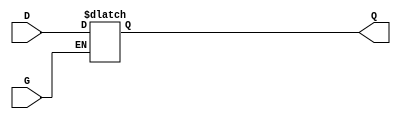
module gated_transparent_latch (
    input wire D,       // Data input
    input wire G,       // Enable signal
    output reg Q        // Output
);

// Always block to model the behavior of the latch
always @ (D or G) begin
    if (G) begin
        Q <= D;        // When G is high, Q follows D
    end
    // When G is low, Q retains its previous value (no assignment needed)
end

endmodule